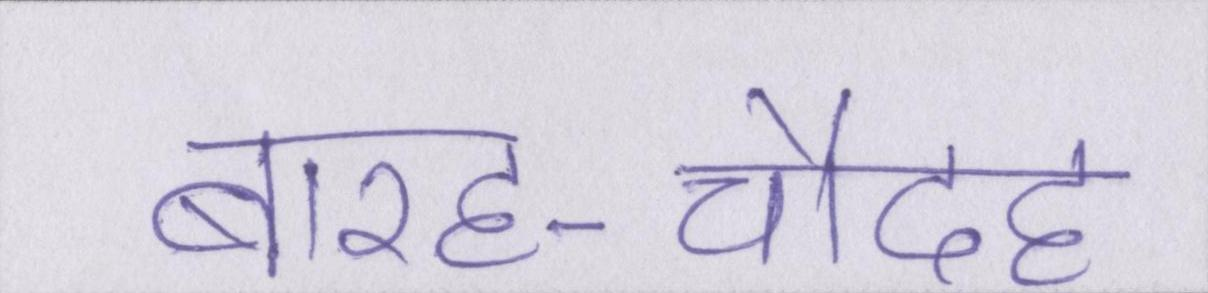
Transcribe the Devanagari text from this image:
बारह-चौदह